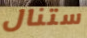
ستنال